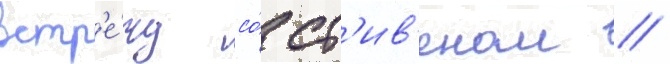
встр'е́чу со́ ст'ив'еном //